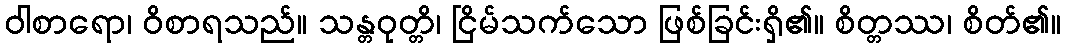
ဝါစာရော၊ ဝိစာရသည်။ သန္တဝုတ္တိ၊ ငြိမ်သက်သော ဖြစ်ခြင်းရှိ၏။ စိတ္တဿ၊ စိတ်၏။